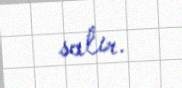
salır.